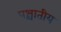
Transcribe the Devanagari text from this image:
पश्चातीय